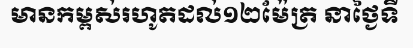
មានកម្ពស់រហូតដល់១២ម៉ែត្រ នាថ្ងៃទី